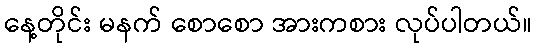
နေ့တိုင်း မနက် စောစော အားကစား လုပ်ပါတယ်။